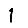
Digit: 1